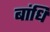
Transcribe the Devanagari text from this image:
बांधि